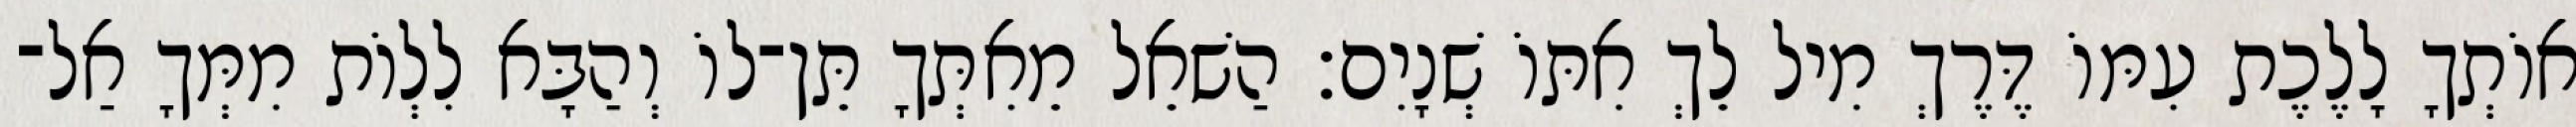
אוֹתְךָ לָלֶכֶת עִמּוֹ דֶּרֶךְ מִיל לֵךְ אִתּוֹ שְׁנָיִם׃ הַשׁאֵל מֵאִתְּךָ תֵּן־לוֹ וְהַבָּא לִלְוֹת מִמְּךָ אַל־